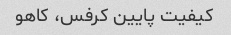
کیفیت پایین کرفس، کاهو